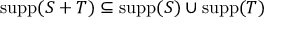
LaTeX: \operatorname { s u p p } ( S + T ) \subseteq \operatorname { s u p p } ( S ) \cup \operatorname { s u p p } ( T )